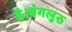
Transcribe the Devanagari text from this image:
है।बंगलुरु